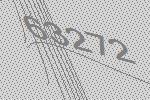
63272